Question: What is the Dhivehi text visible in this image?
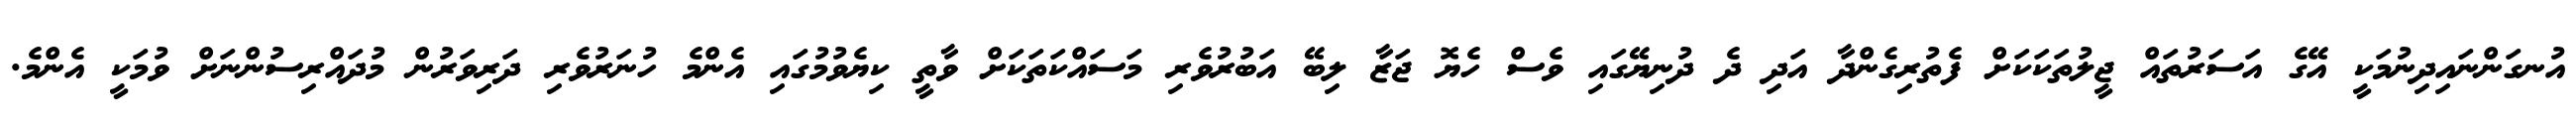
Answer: އުނގަންނައިދިނުމަކީ އޭގެ އަސަރުތައް ޖީލުތަކަކަށް ފެތުރިގެންދާ އަދި ދެ ދުނިޔޭގައި ވެސް ހެޔޮ ޖަޒާ ލިބޭ އަބުރުވެރި މަސައްކަތަކަށް ވާތީ ކިޔެވުމުގައި އެންމެ ހުނަރުވެރި ދަރިވަރުން މުދައްރިސުންނަށް ވުމަކީ އެންމެ.